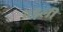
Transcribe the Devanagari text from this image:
बड़ली